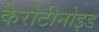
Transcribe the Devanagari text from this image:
कैरोटीनोइड